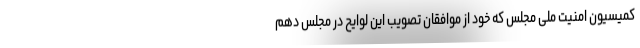
کمیسیون امنیت ملی مجلس که خود از موافقان تصویب این لوایح در مجلس دهم